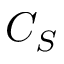
C _ { S }